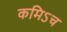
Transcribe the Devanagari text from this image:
कमिऽच